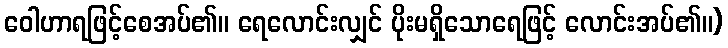
ဝေါဟာရဖြင့်စေအပ်၏။ ရေလောင်းလျှင် ပိုးမရှိသောရေဖြင့် လောင်းအပ်၏။)